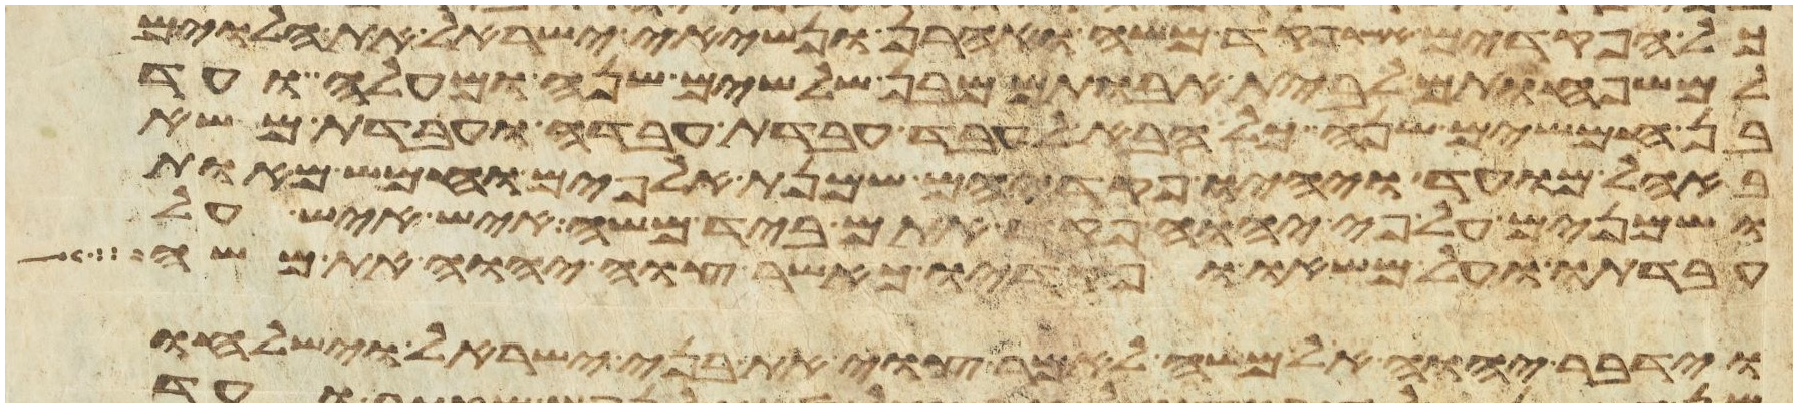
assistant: כל הפקדים אשר פקד משה ואהרן ונשיאי ישראל את הלוים
למשפחותם לבית אבותם מבן שלשים שנה ומעלה ועד
בן חמשים שנה כל הבא לעבד עבדת עבדה ועבדת משא
באהל מועד ויהיו פקדיהם שמנת אלפים וחמש מאות
ושמנים על פי יהוה פקד אתם ביד משה איש איש על
עבדתו ועל משאו ופקדיו כאשר צוה יהוה את משה
וידבר יהוה אל משה לאמר צוי את בני ישראל וישלחו